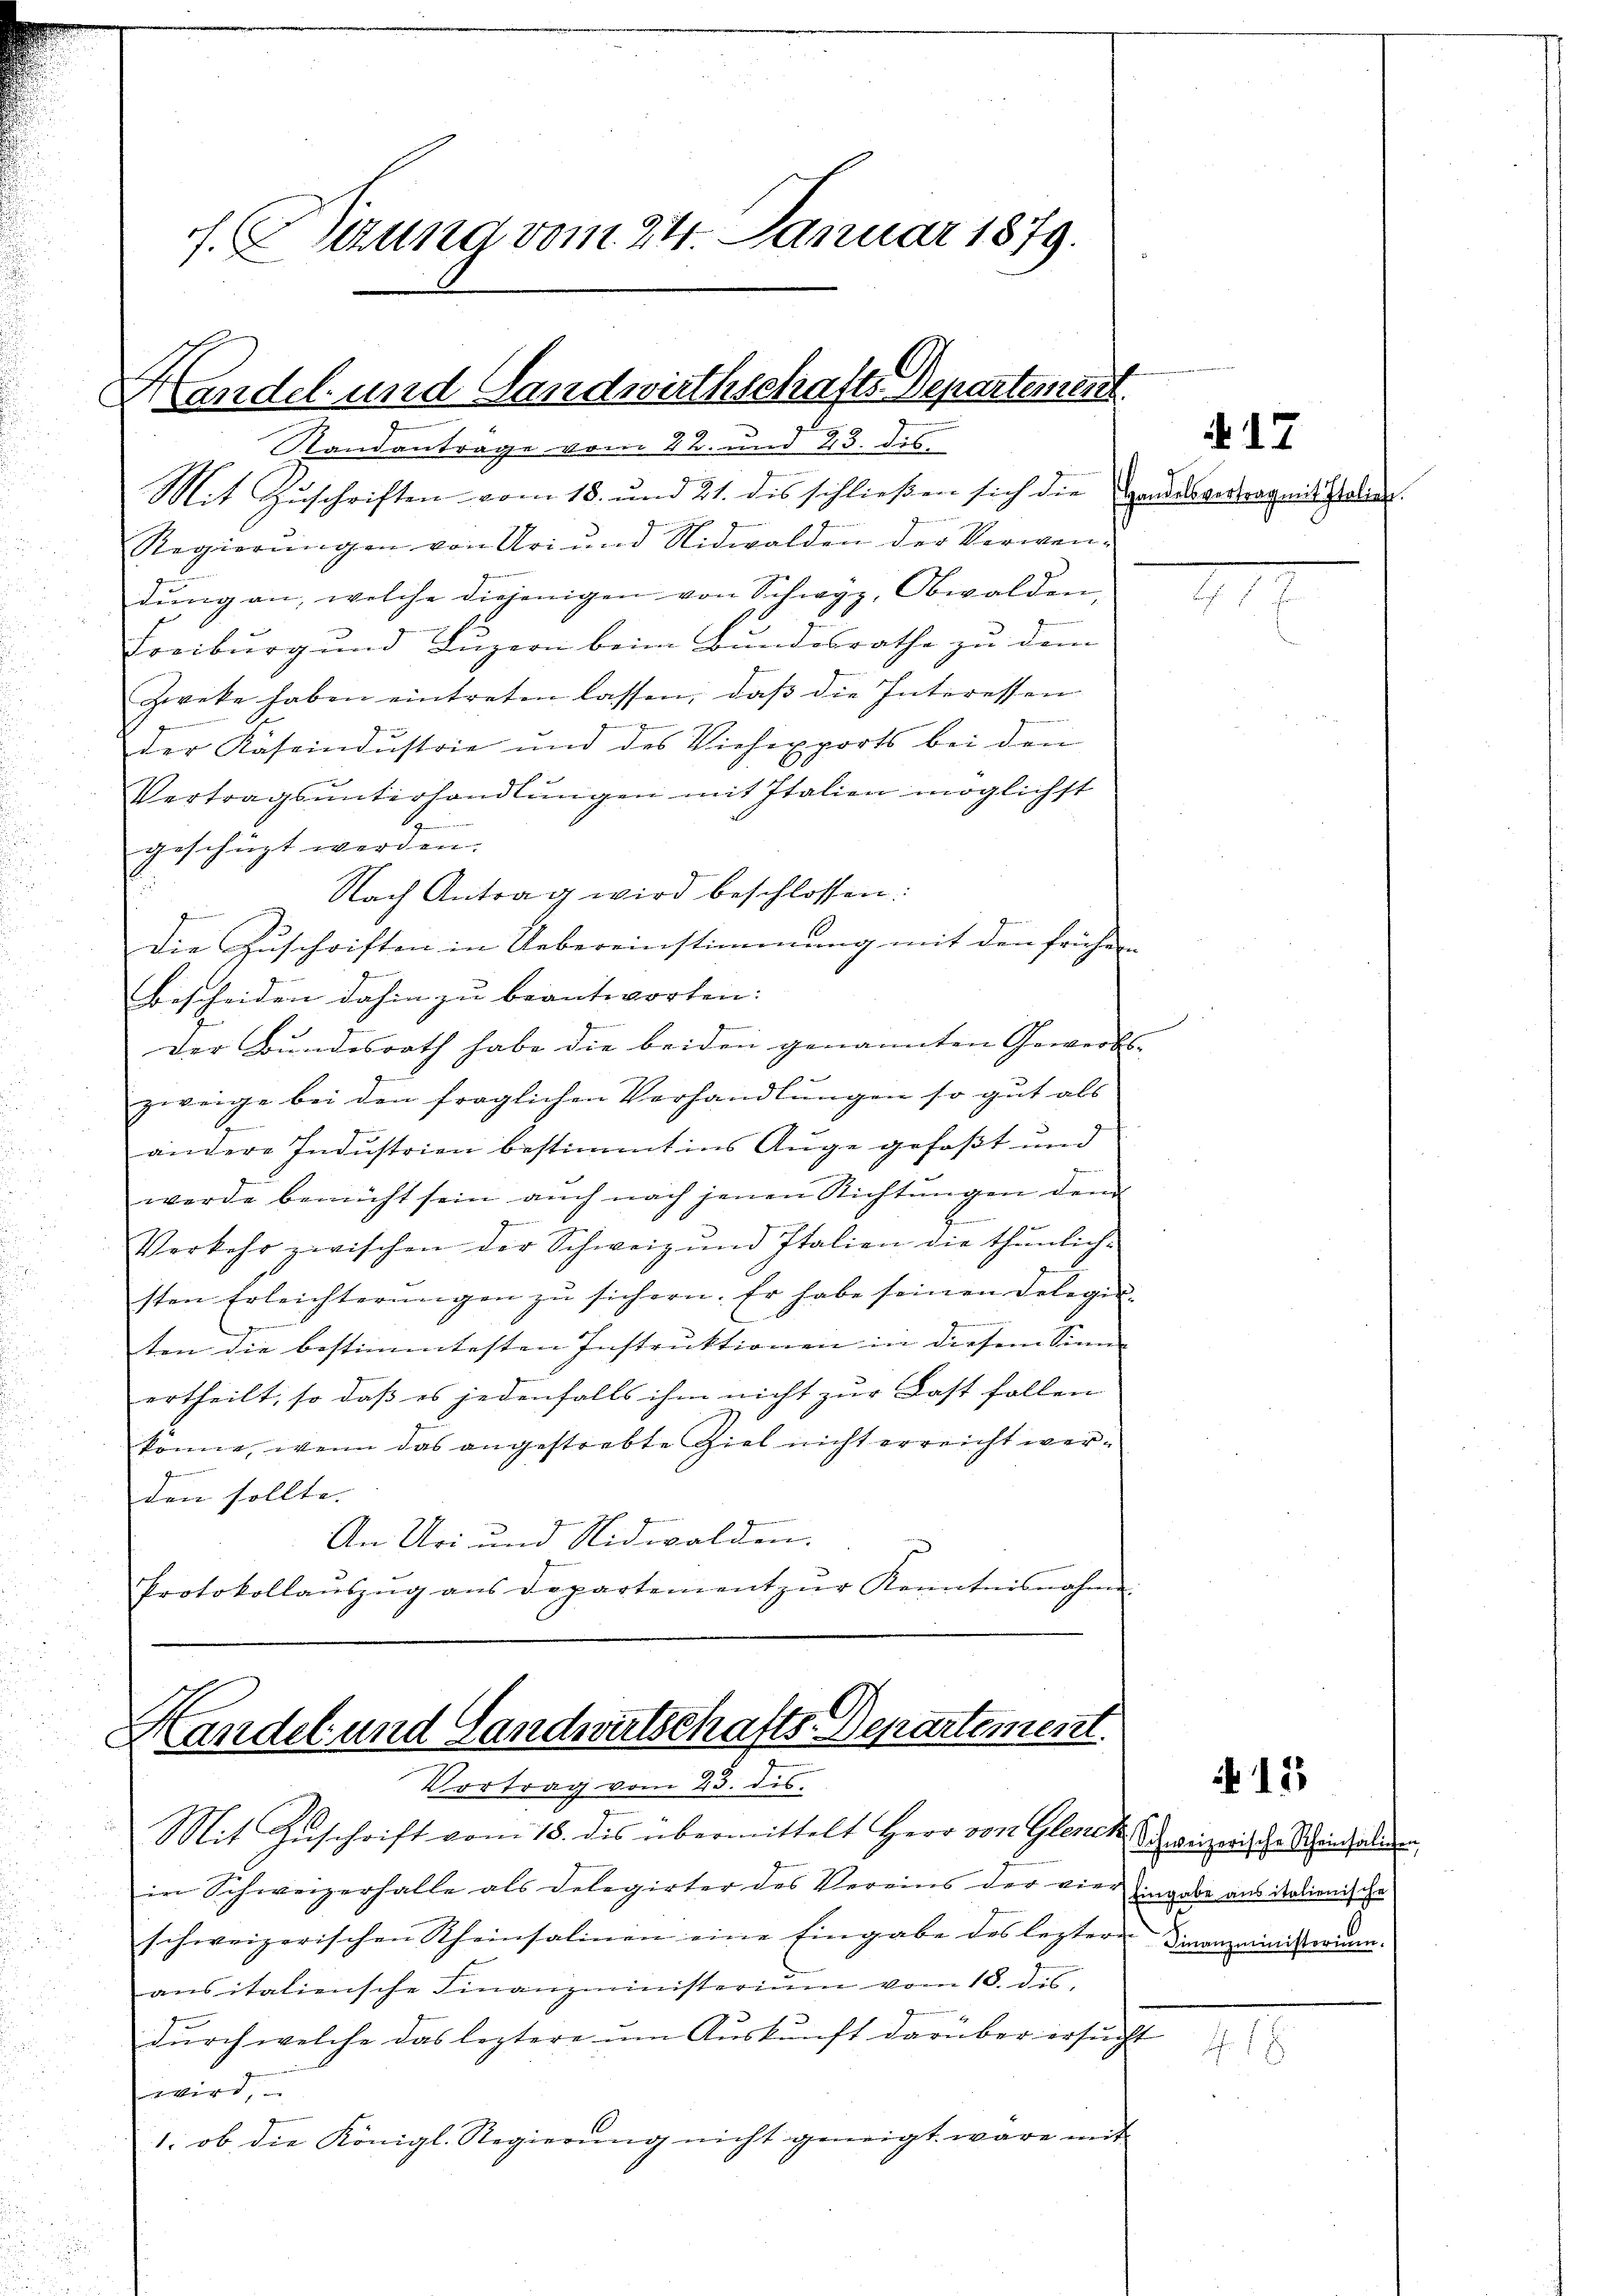
f. E Sitzung vom 24. Januar 1879.

Handel und Landwirthschafts-Departement
Standantrage vom 22. und 23. dis

Mit Zuschriften vom 18. und 21. des schließen sich die Handesvertrag mit stellen.
Regierŭngen von Uri und Nidwalden der Verwen-
dŭng an, welche diejenigen von Schwyz, Obwalden,
Freiburg und Luzern beim Bundesrathe zu dem
Zwecke haben eintreten lassen, daβ die Interessen
der Rasendustrie und des Viehexports bei den
Vertragsŭnterhandlŭngen mit Italien möglichst
geschüzt werden.
Nach Antrag wird beschlossen:

die Zuschriften in Uebereinstimmung mit den früher
Bescheiden dahin zu beantworten:
Der Bundesrath habe die beiden genannten Gewerbs¬
1
zweige bei den fraglichen Verhandlungen so gut als
ändere Industrien bestimmt ins Auge gefaßt und
werde bemüht sein aŭch nach jenen Richtŭngen dem
Verkehr zwischen der Schweiz und Italien die thunlich-
sten Erleichterŭngen zŭ sichern. Er habe seinen Delegie-
ten die bestimmtesten Instruktionen in diesem Sinne
ertheilt, so daß es jedenfalls ihm nicht zur Last fallen
könne, wenn das angestrebte Ziel nicht erreicht werden sollte. |
An Uri und Nidwalden.
Protokollaŭszŭg ans Departement zŭr Kenntnisnahmen

Handel und Landwirtschafts-Departement.
Vortrag vom 23. dis.

Mit Zuschrift vom 18. des übermittelt Herr von Glenck Schweizerische Schindaliden,
in Schweizerhalle als Delegirter des Vereins der vier Eingabe aus italienische
schweizerischen Rheinsalinen eine Eingabe des leztere Finanzministerium
ansitaliensche Finanzministerium vom 18. des,
durch welche das leztere um Auskunft darüber ersucht
eg
1. ob die Königl. Regierung nicht geneigt wäre mit

17

i 15